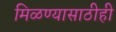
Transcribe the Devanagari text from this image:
मिळण्यासाठीही